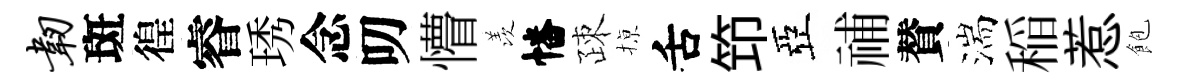
韧斑徨睿琇念叨懵羡幡疎𢱊舌笻亞𥙷賛湍稲惹飽